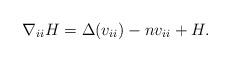
LaTeX: \begin{align*}\nabla_{ii}H=\Delta (v_{ii})-nv_{ii}+H.\end{align*}